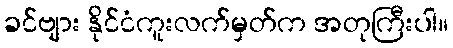
ခင်ဗျား နိုင်ငံကူးလက်မှတ်က အတုကြီးပါ။